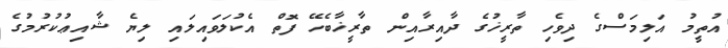
އުތީމު އަލިމަސްގެ ދިވެހި ތާރީޚުގެ ދާއިރާއިން ތާރީޚާބެހޭ ފޮތް އެކުލަވައިލައި ލިޔެ ޝާއިޢުކުރުމުގެ